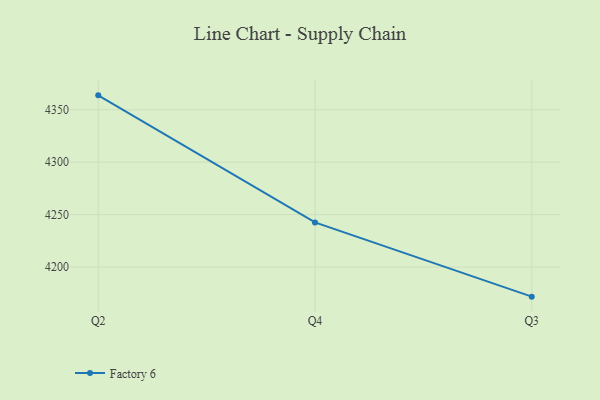
{"axis": {"x": "Quarter", "y": "Production Output"}, "legend": ["Factory 6"], "data": [{"x": "Q2", "y": 4363.7, "type": "Factory 6"}, {"x": "Q4", "y": 4242.6, "type": "Factory 6"}, {"x": "Q3", "y": 4171.8, "type": "Factory 6"}]}